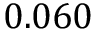
0 . 0 6 0